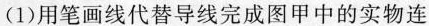
(1)用笔画线代替导线完成图甲中的实物连